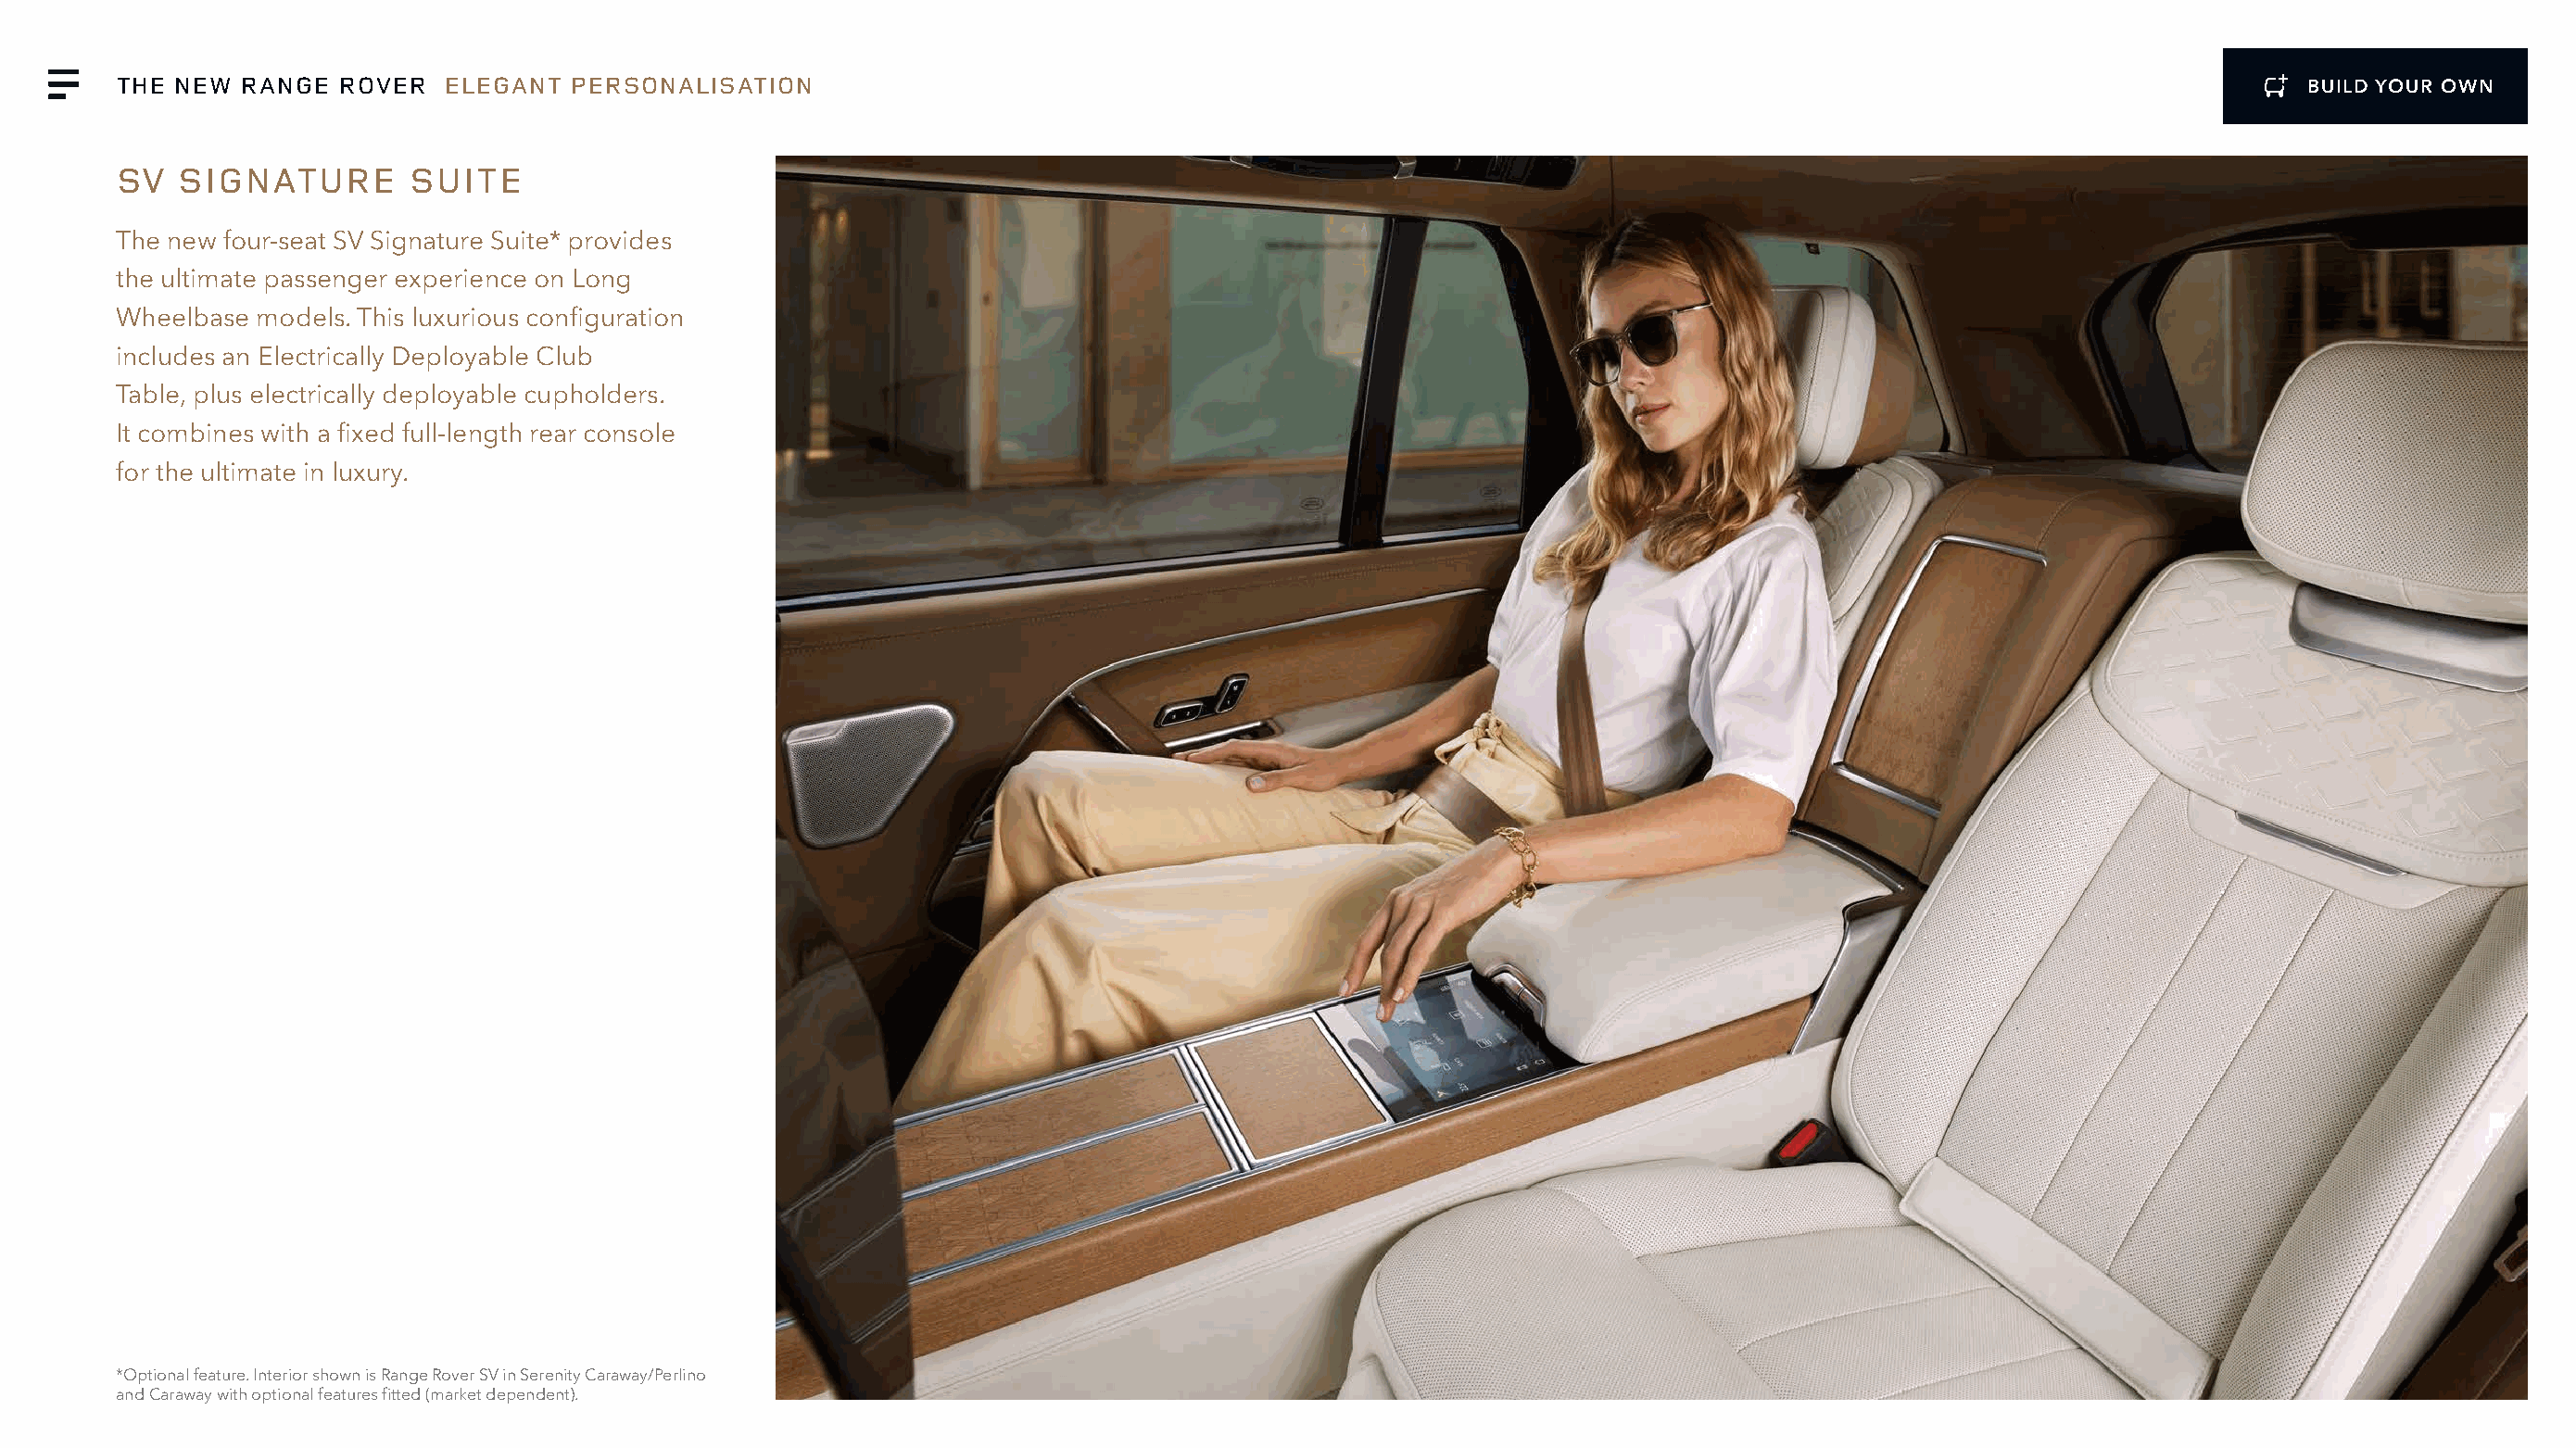
THE NEW  RANGE  ROVER   ELEGANT  PERSONALISATION                                                                                                             BUILD YOUR OWN
 SV   SIGNATURE       SUITE
 The new four-seat SV Signature Suite* provides
 the ultimate passenger experience on Long
 Wheelbase models. This luxurious configuration
 includes an Electrically Deployable Club
 Table, plus electrically deployable cupholders.
 It combines with a fixed full-length rear console
 for the ultimate in luxury.
 *Optional feature. Interior shown is Range Rover SV in Serenity Caraway/Perlino
 and Caraway with optional features fitted (market dependent).